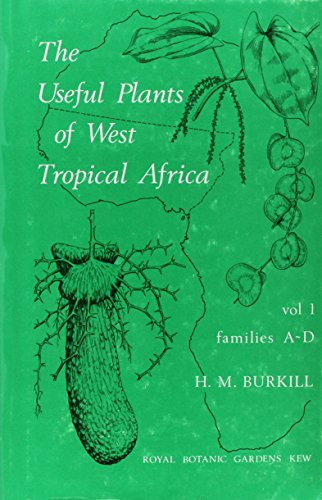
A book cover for Useful Plants of West Tropical Africa Volume 1; H M Burkhill; Crafts, Hobbies & Home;